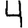
Digit: 4